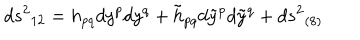
d s ^ { 2 } { } _ { 1 2 } = h _ { p q } d y ^ { p } d y ^ { q } + \tilde { h } _ { p q } d \tilde { y } ^ { p } d \tilde { y } ^ { q } + d s ^ { 2 } { } _ { ( 8 ) }